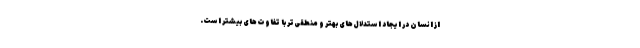
از انسان در ایجاد استدلال‌های بهتر و منطقی‌تر با تفاوت‌های بیشتر است.